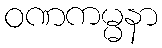
ဝဏကမ္မနာ